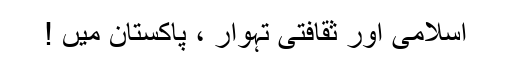
اسلامی اور ثقافتی تہوار ، پاکستان میں !